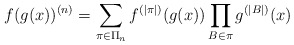
\begin{align*} f(g(x))^{(n)} = \sum_{\pi\in\Pi_n}f^{(|\pi|)}(g(x)) \prod_{B\in\pi} g^{(|B|)}(x) \end{align*}